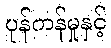
ပုန်ကန်မှုနှင့်